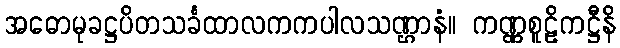
အဓောမုခဋ္ဌပိတသင်္ခထာလကကပါလသဏ္ဌာနံ။ ကဏ္ဏစူဠိကဋ္ဌီနိ